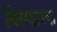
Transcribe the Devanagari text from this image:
विस्फारक